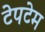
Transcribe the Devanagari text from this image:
टेपटेम